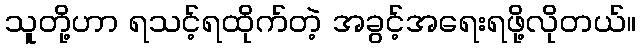
သူတို့ဟာ ရသင့်ရထိုက်တဲ့ အခွင့်အရေးရဖို့လိုတယ်။